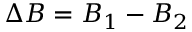
\Delta B = B _ { 1 } - B _ { 2 }